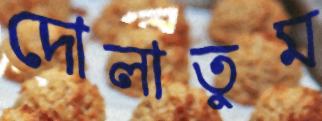
দোলাতুম